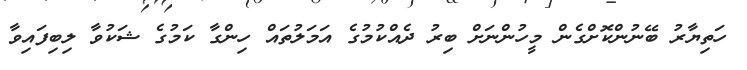
ހަތިޔާރު ބޭނުންކޮށްގެން މީހުންނަށް ބިރު ދެއްކުމުގެ އަމަލުތައް ހިންގާ ކަމުގެ ޝަކުވާ ލިބިފައިވާ